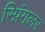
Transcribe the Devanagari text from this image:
स्प्रिंगलर